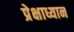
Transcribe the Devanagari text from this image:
प्रेक्षाध्यान